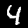
Digit: 4